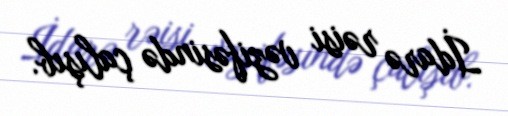
İdarə rəisi vəzifəsində çalışıb.